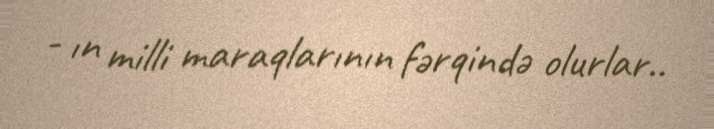
- ın milli maraqlarının fərqində olurlar..